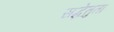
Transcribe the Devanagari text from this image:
सद्धेतुता